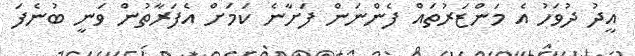
އީދު ދުވަހު އެ މަންޒަރުތައް ފެންނަން ފަށާނެ ކަމަށް އެފަރާތުން ވަނީ ބުނެފަ